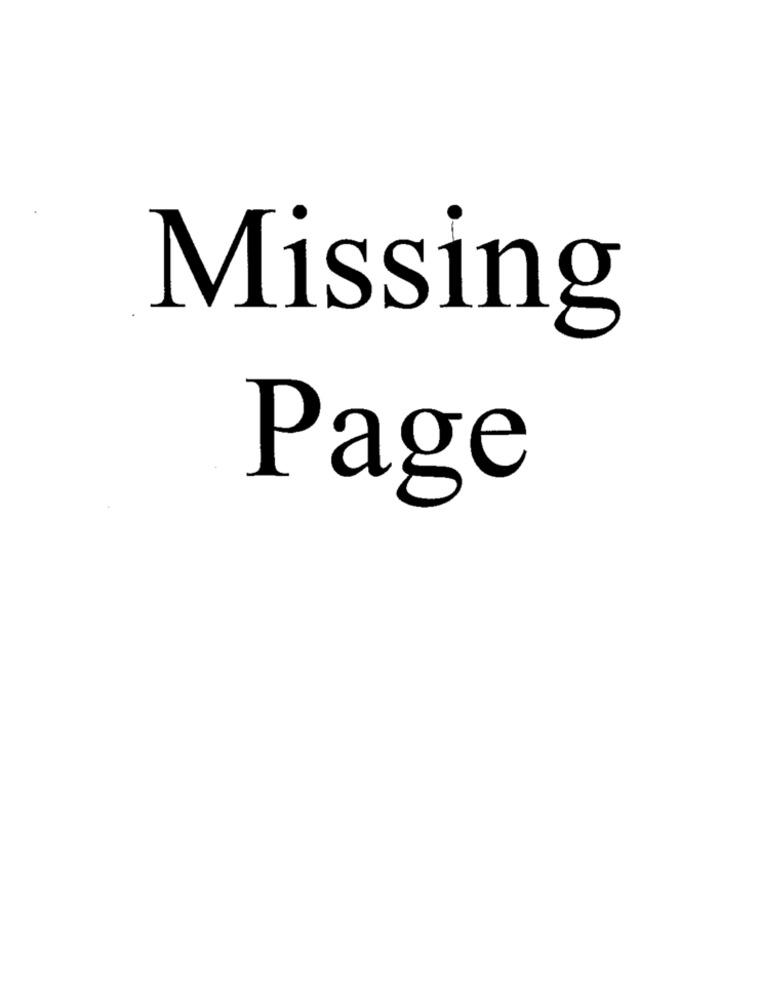
Missing
Page